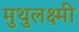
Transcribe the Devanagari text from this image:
मुथुलक्ष्मी